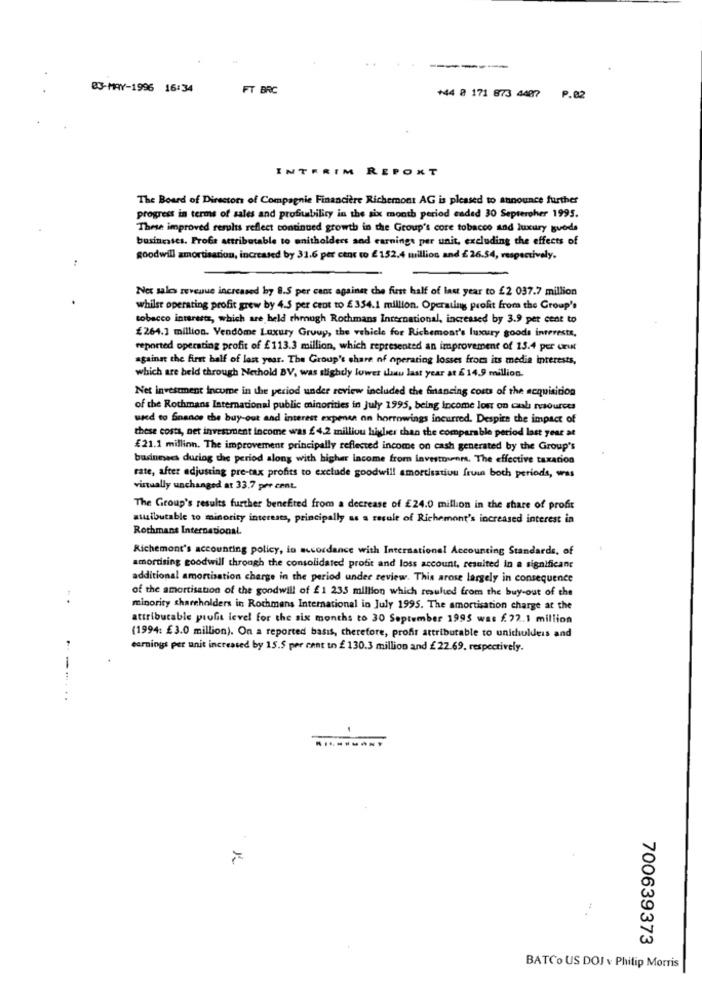
03-MAY-1996 16:34
FT BRC
+44 8 171 873 4487 P.02
INTERIM REPORT
The Board of Directors of Compagnie Financière Richemont AG is pleased to announce further
progress in terms of sales and profitability in the six month period caded 30 Septeroher 1995.
These improved results reflect continued growth in the Group's core tobacco and luxury svoda
businesses. Frobs attributable to anitholders and earnings per unit, excluding the effects of
goodwill amortisation, increased by 31.6 per cent to £152.4 million and £26.54, respectively.
Net sales revenue increased by 8.5 per cent against che fust half of last year to £2 037.7 million
whilst operating profit grew by 4.5 per cent to £ 354.1 million. Operating profit from the Group's
tobacco interestz, which are held through Rothmans International, increased by 3.9 per cent to
£264.1 million. Vendome Luxury Group, the vehicle for Richemont's luxury goods interests,
reported operating profit of £113.3 million, which represented an improvement of 15.4 per unit
against the first half of last year. The Group's share of operating losses from its media interests,
which are held through Nethold BV, was slightly lower thau last year at £ 14.9 million.
Net investment income in the period under review included the financing costs of the acquisition
of the Rothmans International public minorities in July 1995, being income lost on cul resources
used to finance the buy-out and interest expense on horrowings incurred. Despite the impact of
these costa, net investment income was £ 4.2 milliou higher than the comparable period last year at
£21.1 million. The improvement principally reflected income on cash generated by the Group's
businesses during the period along with higher income from investounm. The effective taxation
rate, after adjusting pre-tax profits to exclude goodwill amortisation fruin both periods, was
virtually unchanged at 33.7 per cent.
The Group's results further benefited from a decrease of £24.0 million in the share of profit
ausibutable to minority interests, principally as a result of Richemont's increased interest in
Rothmans International.
Richemont's accounting policy, in accordance with International Accounting Standards, of
amortising goodwill through the consolidated profit and loss account, resulted in a significant
additional amortisation charge in the period under review. This arose largely in consequence
of the amortisation of the goodwill of £1 235 million which resuhed from the buy-out of the
..
minority shareholders in Rothmans International in July 1995. The amortisation charge at the
attributable profit level for the six months to 30 September 1995 was . 22.1 million
(1994: £3.0 million). On a reported basis, therefore, profir attributable to unichulders and
earnings per unit increated by 15.5 per cent to £ 130.3 million and £22.69, respectively.
700639373
BATCo US DOJ v Philip Morris